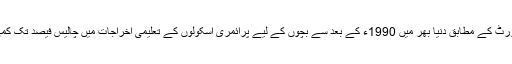
یونیسیف کی رپورٹ کے مطابق دنیا بھر میں 1990ء کے بعد سے بچوں کے لیے پرائمری اسکولوں کے تعلیمی اخراجات میں چالیس فیصد تک کمی لائی گئی ہے۔